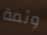
وثمة